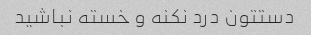
دستتون درد نکنه و خسته نباشید